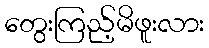
တွေးကြည့်မိဖူးလား